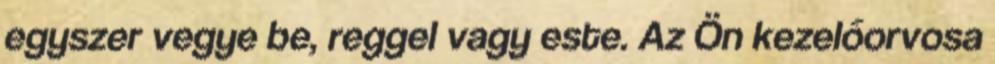
egyszer vegye be, reggel vagy este. Az Ön kezelőorvosa